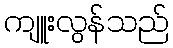
ကျူးလွန်သည်